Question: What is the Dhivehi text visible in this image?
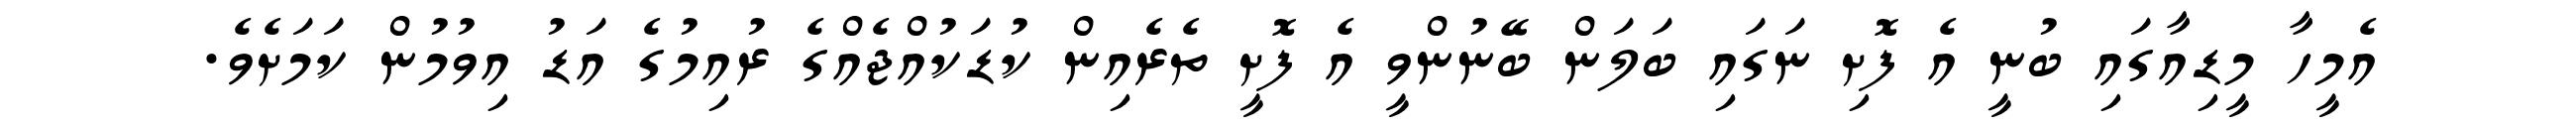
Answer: އެމީހާ މީޑިއާގައި ބުނީ އެ ފޮށި ނަގައި ބަލަން ބޭނުންވީ އެ ފޮށީ ތެރެއިން ކުޑަކުއްޖެއްގެ ރުއިމުގެ އަޑު އިވުމުން ކަމަށެވެ.